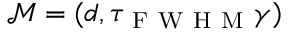
\mathcal { M } = ( d , \tau _ { \mathrm { ~ F ~ W ~ H ~ M ~ } } \gamma )